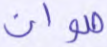
صوان